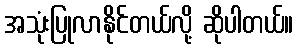
အသုံးပြုလာနိုင်တယ်လို့ ဆိုပါတယ်။